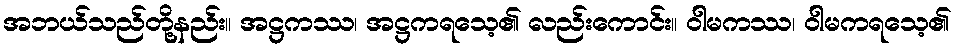
အဘယ်သည်တို့နည်း။ အဋ္ဌကဿ၊ အဋ္ဌကရသေ့၏ လည်းကောင်း။ ဝါမကဿ၊ ဝါမကရသေ့၏